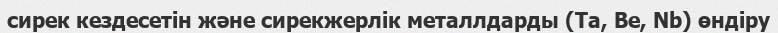
сирек кездесетін және сирекжерлік металлдарды (Ta, Be, Nb) өндіру